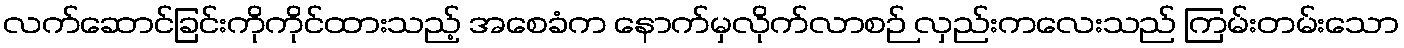
လက်ဆောင်ခြင်းကိုကိုင်ထားသည့် အစေခံက နောက်မှလိုက်လာစဉ် လှည်းကလေးသည် ကြမ်းတမ်းသော